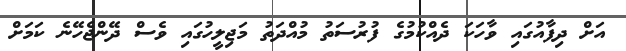
އަށް ދިފާއުގައި ވާހަކަ ދެއްކުމުގެ ފުރުސަތު މުއްދަތު މަޖިލީހުގައި ވެސް ދޭންޖެހޭނެ ކަމަށް